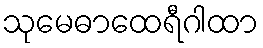
သုမေဓာထေရီဂါထာ